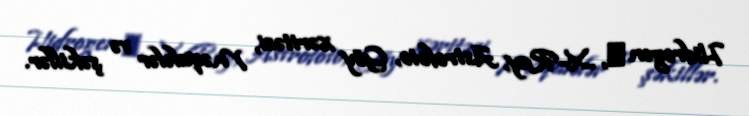
Hidrogen α, X-Ray, Astrofoto, Göy xəritəsi, Məqalələr və şəkillər.